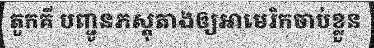
តួកគី បញ្ជូនភស្តុតាងឲ្យអាមេរិកចាប់ខ្លួន